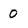
Character: 0